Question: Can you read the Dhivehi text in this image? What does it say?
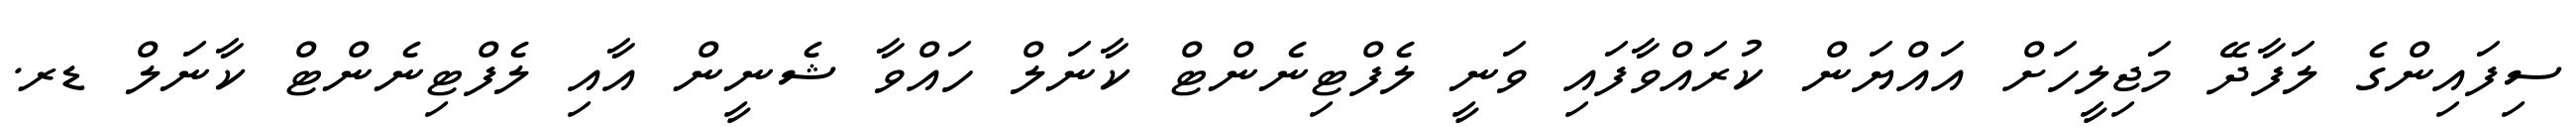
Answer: ސިފައިންގެ ލަފާދޭ މަޖިލީހަށް އައްޔަން ކުރައްވާފައި ވަނީ ލެފްޓިނެންޓް ކާނަލް ހައްވާ ޝެނީން އާއި ލެފްޓިނެންޓް ކާނަލް ޑރ.